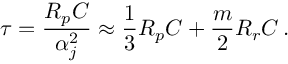
\tau = \frac { R _ { p } C } { \alpha _ { j } ^ { 2 } } \approx \frac { 1 } { 3 } R _ { p } C + \frac { m } { 2 } R _ { r } C \, .